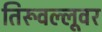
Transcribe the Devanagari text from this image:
तिरूवल्लूवर